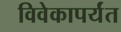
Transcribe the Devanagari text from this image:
विवेकापर्यंत